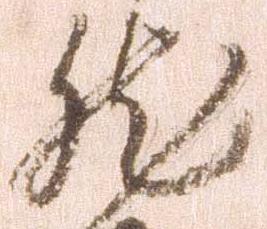
然